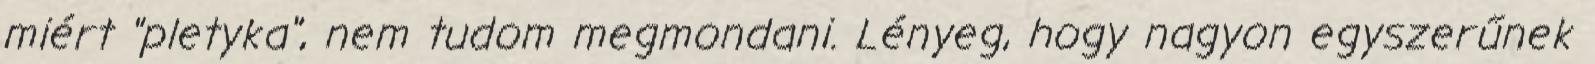
miért "pletyka", nem tudom megmondani. Lényeg, hogy nagyon egyszerűnek